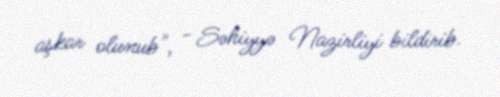
aşkar olunub", - Səhiyyə Nazirliyi bildirib.